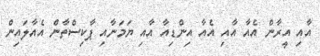
އާއި އީރާން އެއާ އާއި އެއާ އިންޑިއާ އާއި ޔަމަނާއި ޕާކިސްތާން އެއާލައިން